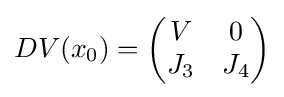
DV(x_{0})={\begin{pmatrix}V&0\\J_{3}&J_{4}\end{pmatrix}}